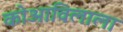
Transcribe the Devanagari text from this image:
कोआविलाला